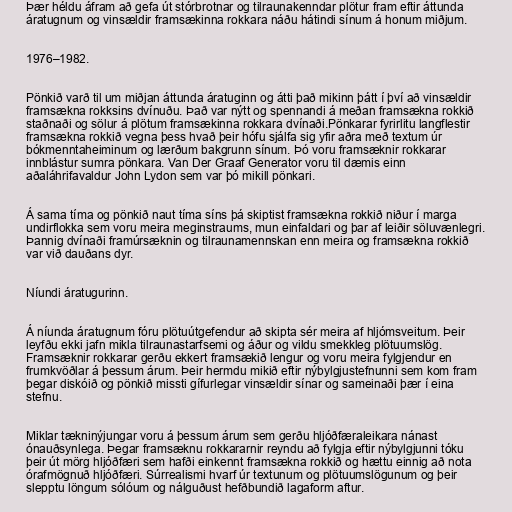
Þær héldu áfram að gefa út stórbrotnar og tilraunakenndar plötur fram eftir áttunda
áratugnum og vinsældir framsækinna rokkara náðu hátindi sínum á honum miðjum.

1976–1982.

Pönkið varð til um miðjan áttunda áratuginn og átti það mikinn þátt í því að vinsældir
framsækna rokksins dvínuðu. Það var nýtt og spennandi á meðan framsækna rokkið
staðnaði og sölur á plötum framsækinna rokkara dvínaði.Pönkarar fyrirlitu langflestir
framsækna rokkið vegna þess hvað þeir hófu sjálfa sig yfir aðra með textum úr
bókmenntaheiminum og lærðum bakgrunn sínum. Þó voru framsæknir rokkarar
innblástur sumra pönkara. Van Der Graaf Generator voru til dæmis einn
aðaláhrifavaldur John Lydon sem var þó mikill pönkari.

Á sama tíma og pönkið naut tíma síns þá skiptist framsækna rokkið niður í marga
undirflokka sem voru meira meginstraums, mun einfaldari og þar af leiðir söluvænlegri.
Þannig dvínaði framúrsæknin og tilraunamennskan enn meira og framsækna rokkið
var við dauðans dyr.

Níundi áratugurinn.

Á níunda áratugnum fóru plötuútgefendur að skipta sér meira af hljómsveitum. Þeir
leyfðu ekki jafn mikla tilraunastarfsemi og áður og vildu smekkleg plötuumslög.
Framsæknir rokkarar gerðu ekkert framsækið lengur og voru meira fylgjendur en
frumkvöðlar á þessum árum. Þeir hermdu mikið eftir nýbylgjustefnunni sem kom fram
þegar diskóið og pönkið missti gífurlegar vinsældir sínar og sameinaði þær í eina
stefnu.

Miklar tækninýjungar voru á þessum árum sem gerðu hljóðfæraleikara nánast
ónauðsynlega. Þegar framsæknu rokkararnir reyndu að fylgja eftir nýbylgjunni tóku
þeir út mörg hljóðfæri sem hafði einkennt framsækna rokkið og hættu einnig að nota
órafmögnuð hljóðfæri. Súrrealismi hvarf úr textunum og plötuumslögunum og þeir
slepptu löngum sólóum og nálguðust hefðbundið lagaform aftur.